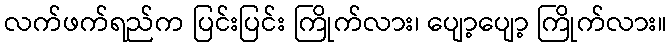
လက်ဖက်ရည်က ပြင်းပြင်း ကြိုက်လား၊ ပျော့ပျော့ ကြိုက်လား။